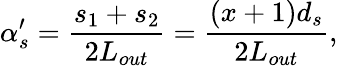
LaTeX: \alpha_{s}^{\prime}=\frac{s_{1}+s_{2}}{2L_{out}}=\frac{(x+1)d_{s}}{2L_{out}},